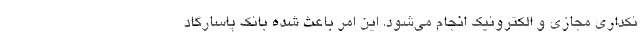
نکداری مجازی و الکترونیک انجام می‌شود. این امر باعث شده بانک ­پاسارگاد